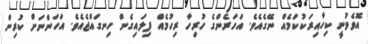
އޮވެވުނީ ކިހާއިރަކުކަމެއް ނޭގެއެވެ. އަހަރެންގެ ހުރިހާ ރިހުމެއް ފިލައިގެން ހިނގައްޖެއެވެ. އަހަންނަށް ކުރިން